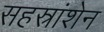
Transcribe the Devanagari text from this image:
सहस्रांशेन